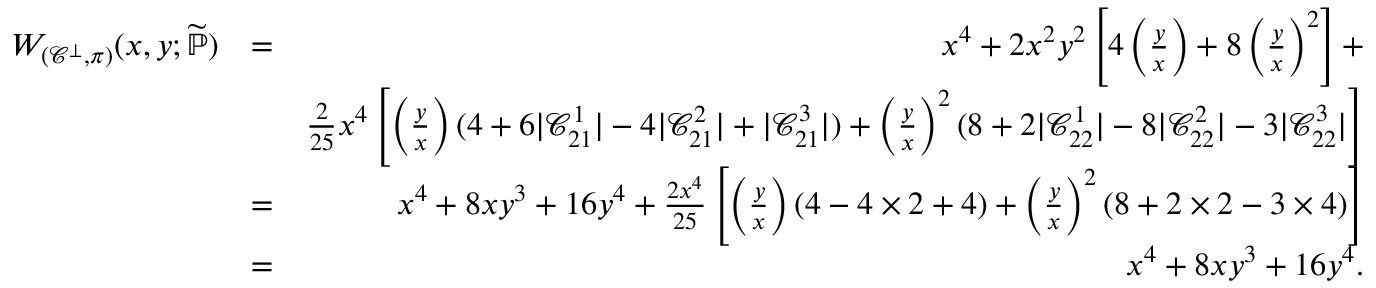
\begin{array} { r l r } { W _ { ( \mathcal { C } ^ { \bot } , \pi ) } ( x , y ; \widetilde { \mathbb { P } } ) } & { = } & { x ^ { 4 } + 2 x ^ { 2 } y ^ { 2 } \left[ 4 \left( \frac { y } { x } \right) + 8 \left( \frac { y } { x } \right) ^ { 2 } \right] + } \\ & { } & { \frac { 2 } { 2 5 } x ^ { 4 } \left[ \left( \frac { y } { x } \right) ( 4 + 6 | \mathcal { C } _ { 2 1 } ^ { 1 } | - 4 | \mathcal { C } _ { 2 1 } ^ { 2 } | + | \mathcal { C } _ { 2 1 } ^ { 3 } | ) + \left( \frac { y } { x } \right) ^ { 2 } ( 8 + 2 | \mathcal { C } _ { 2 2 } ^ { 1 } | - 8 | \mathcal { C } _ { 2 2 } ^ { 2 } | - 3 | \mathcal { C } _ { 2 2 } ^ { 3 } | \right] } \\ & { = } & { x ^ { 4 } + 8 x y ^ { 3 } + 1 6 y ^ { 4 } + \frac { 2 x ^ { 4 } } { 2 5 } \left[ \left( \frac { y } { x } \right) ( 4 - 4 \times 2 + 4 ) + \left( \frac { y } { x } \right) ^ { 2 } ( 8 + 2 \times 2 - 3 \times 4 ) \right] } \\ & { = } & { x ^ { 4 } + 8 x y ^ { 3 } + 1 6 y ^ { 4 } . } \end{array}